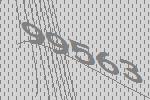
99563